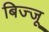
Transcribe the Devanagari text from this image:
बिज्‍जू